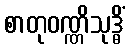
စာတုဝဏ္ဏိသုဒ္ဓိံ